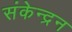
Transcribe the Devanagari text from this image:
संकेन्द्रन